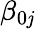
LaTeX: \beta_{0\mathit{j}}